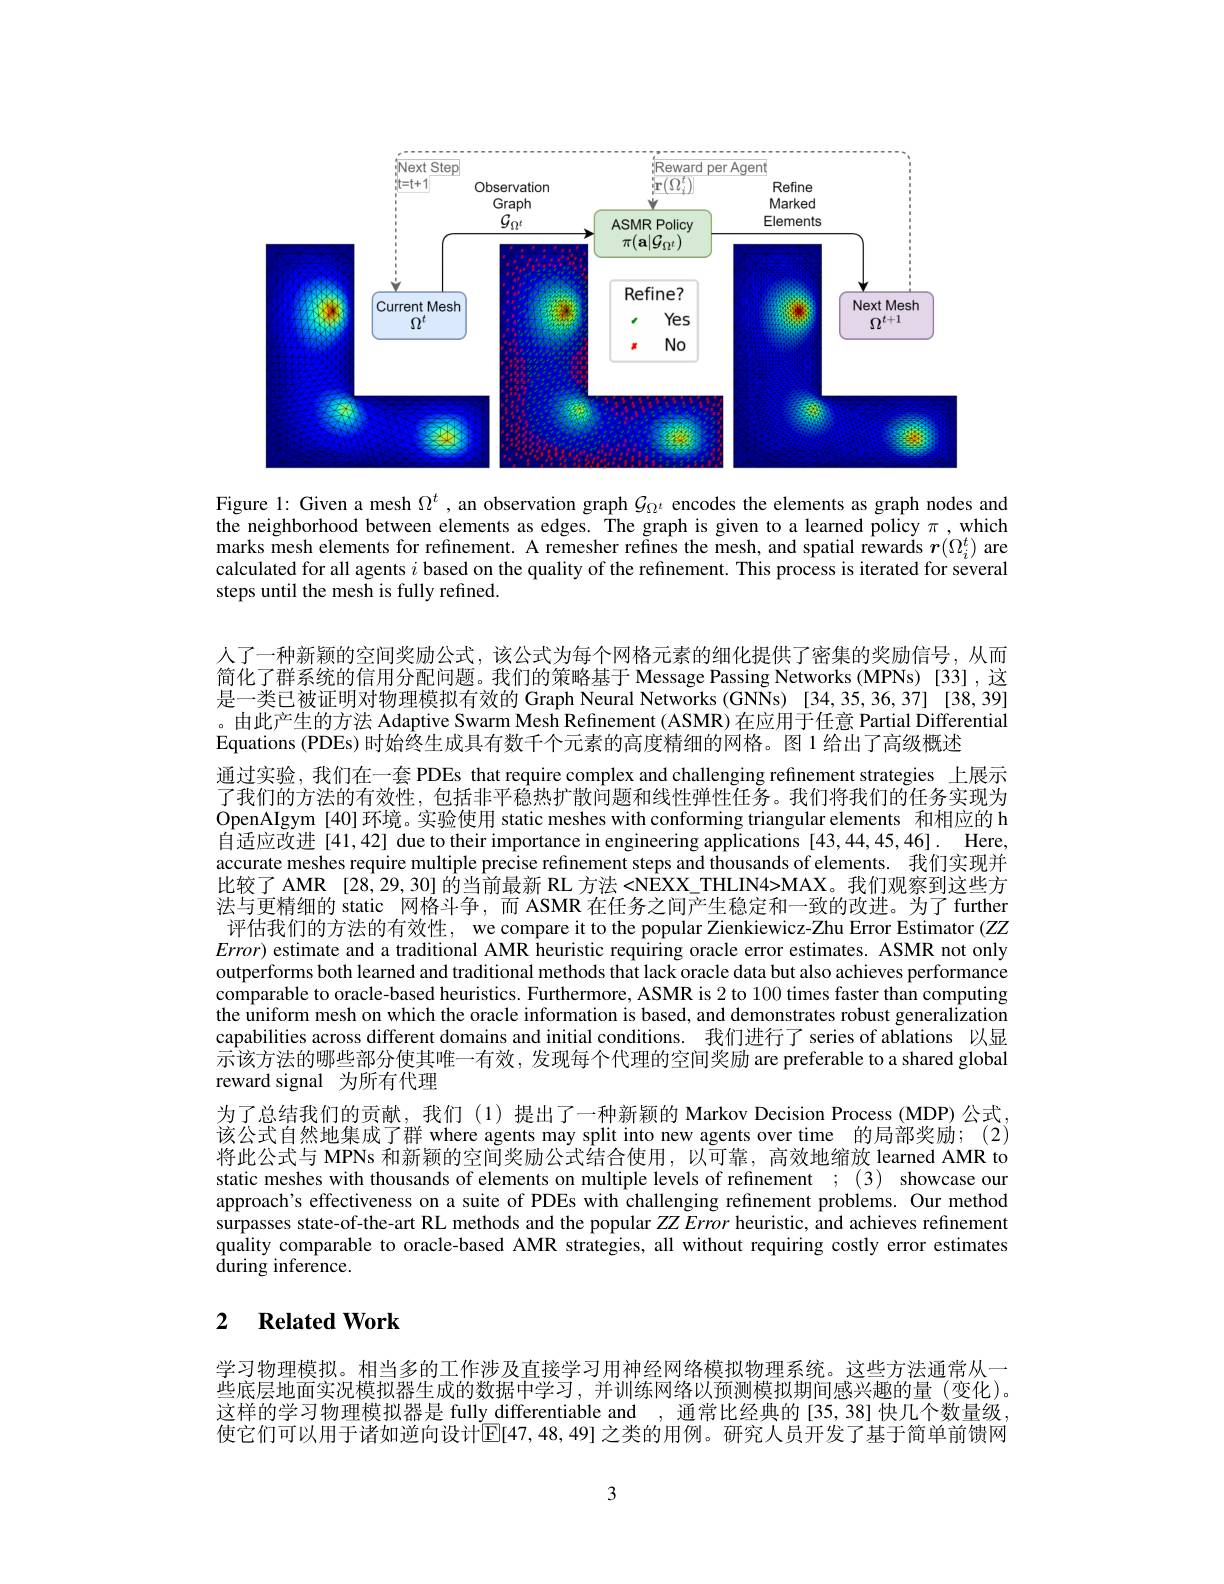
<FigureHere>

Figure 1: Given a mesh $\Omega^t$ ,an observation graph $\mathcal{G}_\mathrm{\Omega\iota}$ encodes the elements as graph nodes and the neighborhood between elements as edges. The graph is given to a learned policy $\pi$, which marks mesh elements for refinement. A remesher refines the mesh, and spatial rewards $r(\Omega_i^t)$ are calculated for all agents $i$ based on the quality of the refinement. This process is iterated for several steps until the mesh is fully refined.

人了一种新颖的空间奖励公式，该公式为每个网格元素的细化提供了密集的奖励信号，从而简化了群系统的信用分配问题。我们的策略基于 Message Passing Networks (MPNs) [33] ,这是一类已被证明对物理模拟有效的 Graph Neural Networks (GNNs) [34,35,36,37] [38,39] 。由此产生的方法 Adaptive Swarm Mesh Refinement (ASMR) 在应用于任意 Partial Differential Equations (PDEs) 时始终生成具有数千个元素的高度精细的网格。图 1 给出了高级概述
通过实验，我们在一套 PDEs that require complex and challenging refinement strategies 上展示了我们的方法的有效性，包括非平稳热扩散间题和线性弹性任务。我们将我们的任务实现为OpenAIgym [40]环境。实验使用 static meshes with conforming triangular elements 和相应的 h 自适应改进[41,42] due to their importance in engineering applications [43,44,45,46]. Here, accurate meshes require multiple precise refinement steps and thousands of elements. 我们实现并比较了 AMR [28,29,30] 的当前最新 RL 方法 <NEXX\_THLIN4>MAX。我们观察到这些方法与更精细的 static 网格斗争，而 ASMR 在任务之间产生稳定和一致的改进。为了 further 评估我们的方法的有效性，we compare it to the popular Zienkiewicz-Zhu Error Estimator (ZZ $Error)$ estimate and a traditional AMR heuristic requiring oracle error estimates. ASMR not only outperforms both learned and traditional methods that lack oracle data but also achieves performance comparable to oracle-based heuristics. Furthermore, ASMR is 2 to 100 times faster than computing the uniform mesh on which the oracle information is based, and demonstrates robust generalization capabilities across different domains and initial conditions. 我们进行了 series of ablations 以显示该方法的哪些部分使其唯一有效，发现每个代理的空间奖励 are preferable to a shared global reward signal 为所有代理
为了总结我们的贡献，我们 (1)提出了一种新颖的 Markov Decision Process (MDP)公式该公式自然地集成了群 where agents may split into new agents over time 的局部奖励；(2) 将此公式与 MPNs 和新颖的空间奖励公式结合使用，以可靠，高效地缩放 learned AMR to static meshes with thousands of elements on multiple levels of refinement ; (3) showcase our approach's effectiveness on a suite of PDEs with challenging refinement problems. Our method surpasses state-of-the-art RL methods and the popular ZZError heuristic, and achieves refinement quality comparable to oracle-based AMR strategies, all without requiring costly error estimates ${\hat{\text{during inference}}}.$

## 2 $\textbf{Related Work}$

学习物理模拟。相当多的工作涉及直接学习用神经网络模拟物理系统。这些方法通常从一些底层地面实况模拟器生成的数据中学习，并训练网络以预测模拟期间感兴趣的量(变化)。这样的学习物理模拟器是 fully differentiable and , 通常比经典的 [35, 38] 快几个数量级使它们可以用于诸如逆向设计$\overline{\mathrm{E}}[47,48,49]$之类的用例。研究人员开发了基于简单前馈网

3